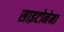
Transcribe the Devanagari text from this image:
साइटोनेमा